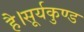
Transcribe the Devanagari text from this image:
है।सूर्यकुण्ड